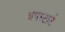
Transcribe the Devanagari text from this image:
अपस्टार्ट